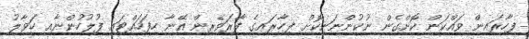
ފިހާރައިން ވައްކަން ކޮށްގެން ނުކުންނަނިކޮށް ފިހާރައިގެ ފާރަވެރިން އޭނާ ހިފަހައްޓައި ފުލުހުންނާއި ހަވާލު